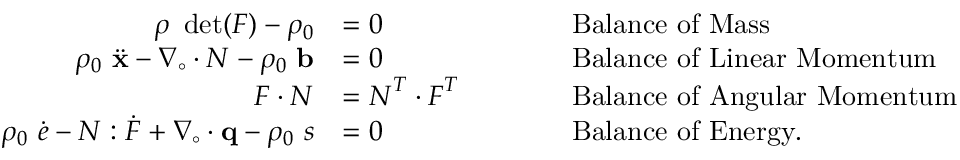
{ \begin{array} { r l r l } { \rho ~ \operatorname* { d e t } ( { \boldsymbol { F } } ) - \rho _ { 0 } } & { = 0 } & & { \qquad { \mathrm { B a l a n c e ~ o f ~ M a s s } } } \\ { \rho _ { 0 } ~ { \ddot { \mathbf { x } } } - { \boldsymbol { \nabla } } _ { \circ } \cdot { \boldsymbol { N } } - \rho _ { 0 } ~ \mathbf { b } } & { = 0 } & & { \qquad { \mathrm { B a l a n c e ~ o f ~ L i n e a r ~ M o m e n t u m } } } \\ { { \boldsymbol { F } } \cdot { \boldsymbol { N } } } & { = { \boldsymbol { N } } ^ { T } \cdot { \boldsymbol { F } } ^ { T } } & & { \qquad { \mathrm { B a l a n c e ~ o f ~ A n g u l a r ~ M o m e n t u m } } } \\ { \rho _ { 0 } ~ { \dot { e } } - { \boldsymbol { N } } : { \dot { \boldsymbol { F } } } + { \boldsymbol { \nabla } } _ { \circ } \cdot \mathbf { q } - \rho _ { 0 } ~ s } & { = 0 } & & { \qquad { \mathrm { B a l a n c e ~ o f ~ E n e r g y . } } } \end{array} }